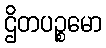
ဌိတပဉ္စမော